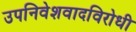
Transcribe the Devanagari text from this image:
उपनिवेशवादविरोधी